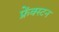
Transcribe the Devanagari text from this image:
फ्रेंक्स्टन